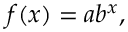
f ( x ) = a b ^ { x } ,